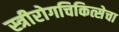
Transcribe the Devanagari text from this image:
स्त्रीरोगचिकित्सेचा